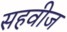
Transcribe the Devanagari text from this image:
सहवीज